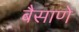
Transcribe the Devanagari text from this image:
बैसाणे